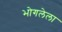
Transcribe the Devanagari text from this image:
भोगलेला